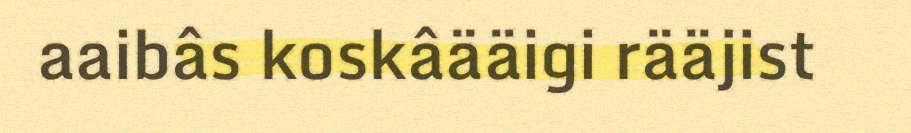
aaibâs koskâääigi rääjist